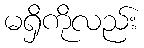
မရှိကိုလည်း